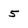
Character: 5